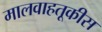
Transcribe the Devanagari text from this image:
मालवाहतूकीस